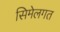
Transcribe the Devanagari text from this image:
सिमेलगत